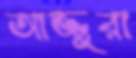
আজ্জুরা